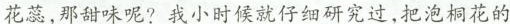
花蕊,那甜味呢?我小时候就仔细研究过,把泡桐花的